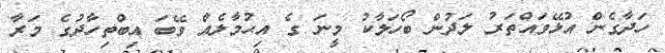
ހަދާގެން އުޅޭވައްތަރު ލަދުން ބޯހަލާކު މީނަ ގެ އިޙުމާލެއް ވޭބަ އިބްތިހާދުގެ މަރާ